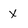
Character: X